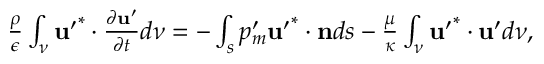
\begin{array} { r } { \frac { \rho } { \epsilon } \int _ { \nu } \mathbf { u ^ { \prime } } ^ { * } \cdot \frac { \partial \mathbf { u ^ { \prime } } } { \partial t } d \nu = - \int _ { s } p _ { m } ^ { \prime } \mathbf { u ^ { \prime } } ^ { * } \cdot \mathbf { n } d s - \frac { \mu } { \kappa } \int _ { \nu } \mathbf { u ^ { \prime } } ^ { * } \cdot \mathbf { u ^ { \prime } } d \nu , } \end{array}